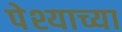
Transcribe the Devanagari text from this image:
पेश्याच्या